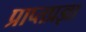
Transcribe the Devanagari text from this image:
प्राप्तप्रज्ञा